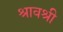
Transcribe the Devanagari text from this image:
श्रावश्री